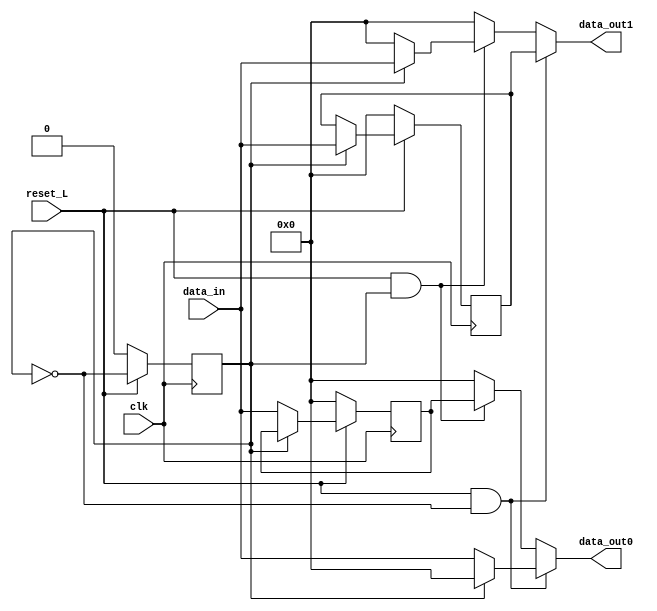
module demux_conductual(
    input clk,
    input reset_L,
    output reg[3:0] data_out0,
    output reg[3:0] data_out1,
    input [3:0] data_in
);
    reg selector;
    reg[3:0] x_0;
    reg[3:0] x_1;
    reg[3:0] y_0;
    reg[3:0] y_1;

    //Flip Flop
    always @ (posedge clk)
        begin
            if (reset_L == 0)
                begin
                    y_0 <= 'b0000; //x_0
                    y_1 <= 'b0000; //x_1
                end
            else    //reset = 1
                if(selector == 0)
                    begin
                        y_0 <= data_in; // X0
                        y_1 <= y_1;
                    end
                else //selector 1
                    begin
                        y_1 <= data_in; // X0
                        y_0 <= y_0;  // mantenla salida a la entrada del FF
                    end
        end

    //logica combinacional de la salida para elegir si la salida final sera lo que guarda el FlipFlop o la calculada
    // por la logica combinacional anterior
    always @ (*)
        begin           
            x_0 = 'b0000;
            x_1 = 'b0000;
            data_out0 = 'h0;
            data_out1 = 'h0;

            if(selector == 0)
                x_0 = data_in;
            else
                x_1 = data_in;   

            if(reset_L == 1 & selector == 1)
                begin
                    data_out0 = y_0;
                    data_out1 = x_1;
                end
            if(reset_L == 1 & selector == 0)
                begin
                    data_out0 = x_0;
                    data_out1 = y_1;
                end
        end 

    //SELECTOR
    always @ (posedge clk)
        begin
            selector <= 0;//OJO
            if (reset_L == 1)
                selector <= ~selector;
        end
endmodule